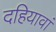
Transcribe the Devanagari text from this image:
दहियावां